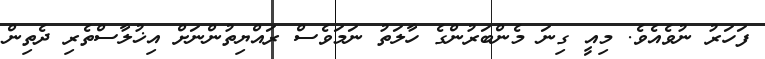
ފަހަރު ނުވެއެވެ. މިއީ ގިނަ މެންބަރުންގެ ހާލަތު ނަމަވެސް ރައްޔިތުންނަށް އިޚުލާސްތެރި ދެތިން